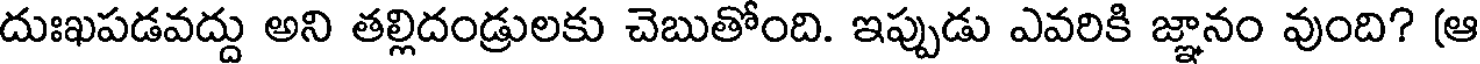
దుఃఖపడవద్దు అని తల్లిదండ్రులకు చెబుతోంది. ఇప్పుడు ఎవరికి జ్ఞానం వుంది? (ఆ